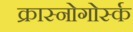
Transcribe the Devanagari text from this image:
क्रास्नोगोर्स्क